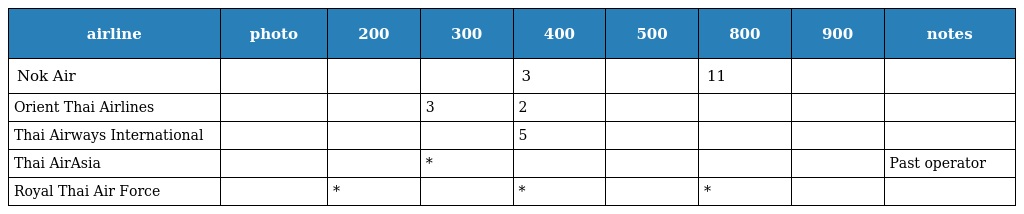
| airline | photo | 200 | 300 | 400 | 500 | 800 | 900 | notes |
 | --- | --- | --- | --- | --- | --- | --- | --- | --- |
 | Nok Air |  |  |  | 3 |  | 11 |  |  |
 | Orient Thai Airlines |  |  | 3 | 2 |  |  |  |  |
 | Thai Airways International |  |  |  | 5 |  |  |  |  |
 | Thai AirAsia |  |  | * |  |  |  |  | Past operator |
 | Royal Thai Air Force |  | * |  | * |  | * |  |  |